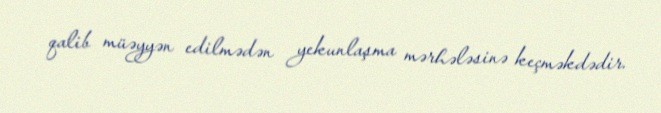
qalib müəyyən edilmədən yekunlaşma mərhələsinə keçməkdədir.